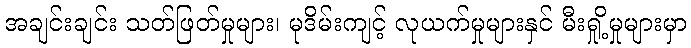
အချင်းချင်း သတ်ဖြတ်မှုများ၊ မုဒိမ်းကျင့် လုယက်မှုများနှင် မီးရှို့မှုများမှာ